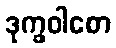
ဒုက္ခဝါစော